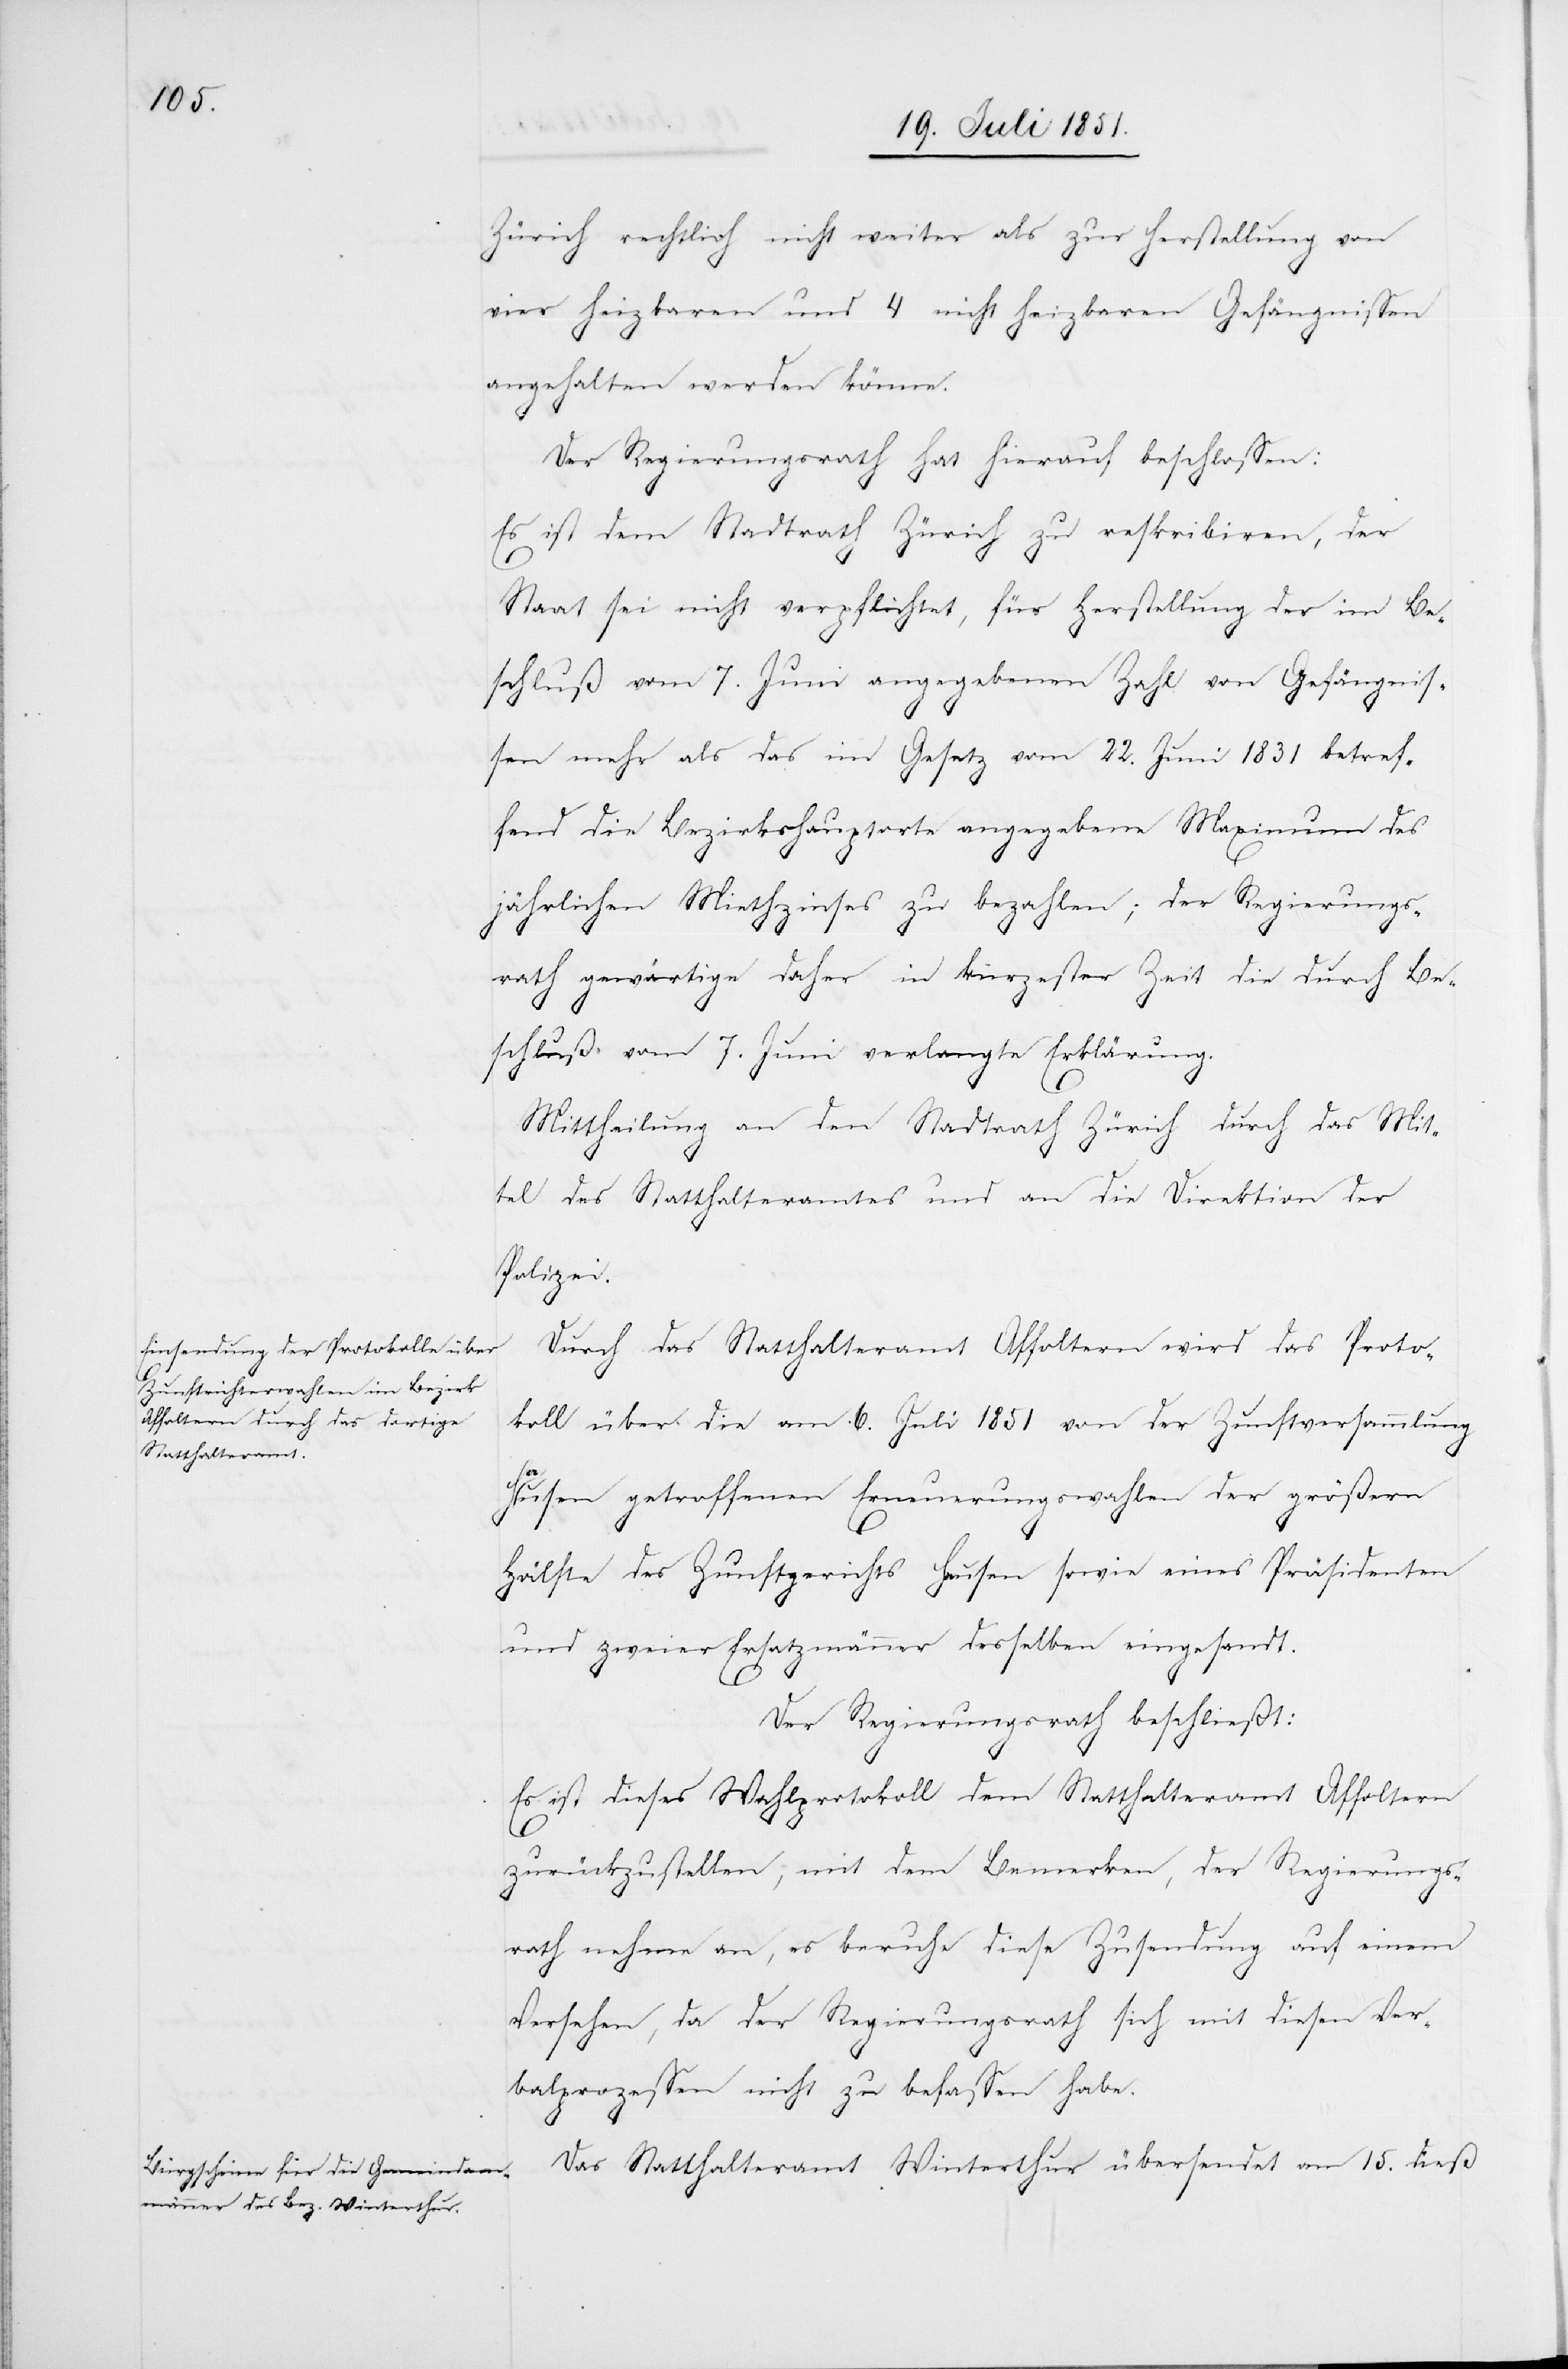
Zürich rechtlich nicht weiter als zur Herstellung von
vier heizbaren und 4 nicht heizbaren Gefängnissen
angehalten werden könne.
Der Regierungsrath hat hierauf beschlossen:
Es ist dem Stadtrath Zürich zu reskribiren, der
Staat sei nicht verpflichtet, für Herstellung der im Be¬
schluß vom 7. Juni angegebenen Zahl von Gefängnis¬
sen mehr als das im Gesetz vom 22. Juni 1831 betref¬
fend die Bezirkshauptorte angegebene Maximum des
jährlichen Miethzinses zu bezahlen; der Regierungs¬
rath gewärtige daher in kürzester Zeit die durch Be¬
schluß vom 7. Juni verlangte Erklärung.
Mittheilung an den Stadtrath Zürich durch das Mit¬
tel des Statthalteramtes und an die Direktion der
Polizei.
Durch das Statthalteramt Affoltern wird das Proto¬
koll über die am 6. Juli 1851 von der Zunftversammlung
Hausen getroffenen Erneuerungswahlen der größern
Hälfte des Zunftgerichts Hausen sowie eines Präsidenten
und zweier Ersatzmänner desselben eingesandt.
Der Regierungsrath beschließt:
Es ist dieses Wahlprotokoll dem Statthalteramt Affoltern
zurückzustellen, mit dem Bemerken, der Regierungs¬
rath nehme an, es beruhe diese Zusendung auf einem
Versehen, da der Regierungsrath sich mit diesen Ver¬
balprozessen nicht zu befassen habe.
Das Statthalteramt Winterthur übersendet am 15. dieß